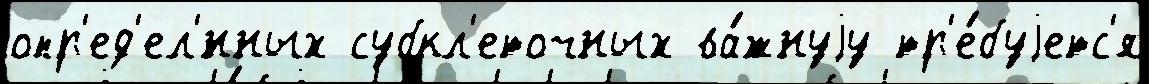
опр'ед'ел'́нных субкл'еточных ва́жнуjу тр'е́буjетс'я